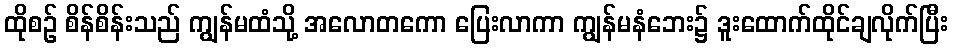
ထိုစဉ် စိန်စိန်းသည် ကျွန်မထံသို့ အလောတကော ပြေးလာကာ ကျွန်မနံဘေး၌ ဒူးထောက်ထိုင်ချလိုက်ပြီး